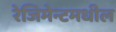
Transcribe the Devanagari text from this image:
रेजिमेन्टमधील